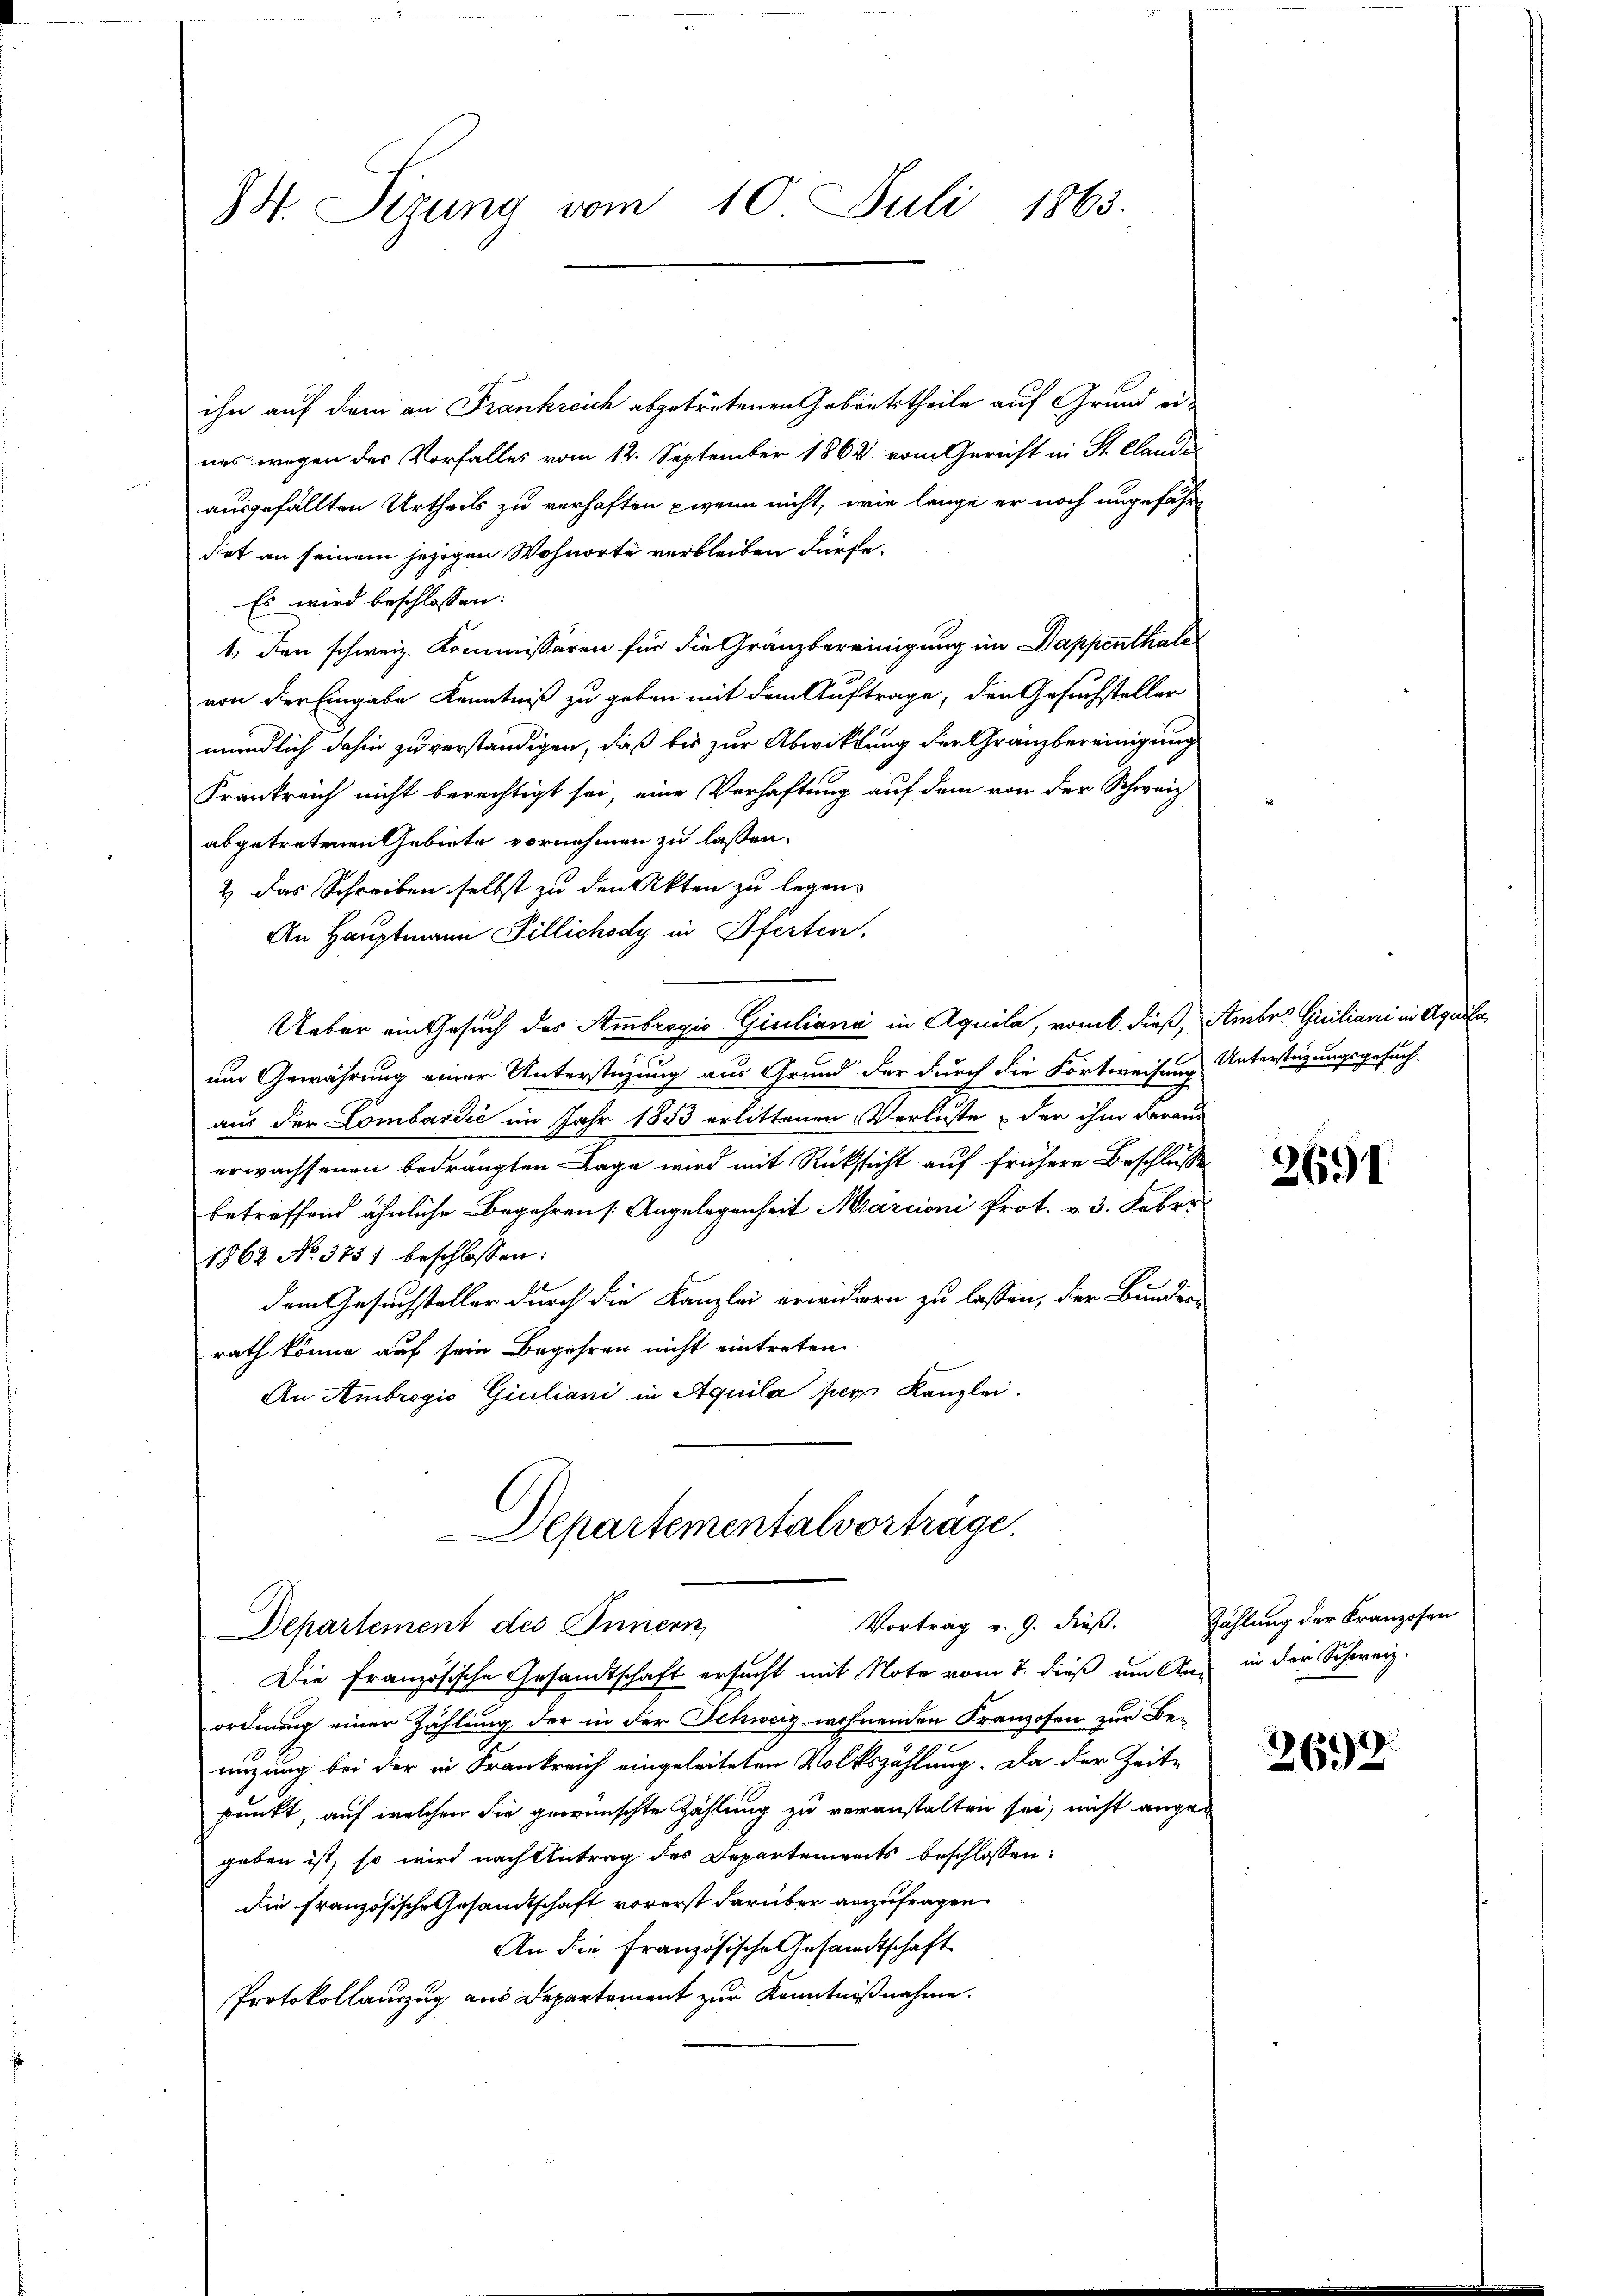
94. Sizung vom 10. Juli 1865.

ihn auf dem an Frankreich abgetretenen Gebäutstheile auf Grund eines wegen des Vorfalles vom 12. September 1862 vom Gericht in St. Clandes
ausgefällten Urtheils zu verhaften wenn nicht, wie lange er noch ungefährdet an seinem jezigen Wohnorte verbleiben dürfe.
Es wird beschlossen:
1., den schweiz. Kommissären für die Granzbereinigung im Dappenthales
von der Eingabe Kenntniß zu geben mit dem Auftrage, den Gesuchsteller
mündlich dahin zu verständigen, daß bis zur Abwicklung der Granzbereinigung
Frankreich nicht berechtigt sei, eine Verhaftung auf dem von der Schweiz
abgetretenen Gebiete vornehmen zu lassen.
2 das Schreiben selbst zu den Akten zu legen.
An Hauptmann Pillichsdy in Pferten.
Ueber ein Gesuch des Ambrogio Giuliana in Aquila, ramb dieß, Ambro Giuliani in Aquila,
um Gewährung einer Unterstüzung aus Grund der durch die Fortweisung Unterstüzungsgesuch
aus der Lombardić im Jahr 1853 erlittenen Verluste & der ihm daraus
erwachsenen bedrängten Lage wird mit Rücksicht auf frühere Beschlusse
betreffend ähnliche Begehren [Angelegenheit Marcioni Prot. v. 3. Febr.
1862 No 3751 beschlossen:
dem Gesuchsteller durch die Kanzlei erwidern zu lassen, der Bunden
rath könne auf sein Begehren nicht eintreten.
An Ambrogio Giuliani in Aquila per Kanzlei.
DDepartementalvorträge.

Vortrag v. 9. dieß. Zählung der Kranzosen
Departement des Innern,
Die Französische Gesandtschaft ersucht mit Note vom 7. dieß um Aug in der Schweiz.

ordnung einer Zählung der in der Schweiz wohnenden Franzosen zur Be-
nizung bei der in Frankreich eingeleiteten Volkszählung. Da der Zeite
punkt, auf welchen die gewünschte Zahlung zu veranstalten sei, nicht ange-
geben ist, so wird nach Antrag des Departements beschlossen:
die französische Gesamtschaft vorerst darüber anzufragen.
An die Französische Gesandtschaft
Protokollauszug aus Departement zur Kenntnißnahme.

2691

262.